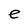
Character: e